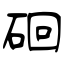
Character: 硘